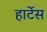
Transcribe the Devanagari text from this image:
हार्टेस